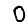
Digit: 0